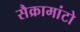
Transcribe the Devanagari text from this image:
सैक्रामांटो